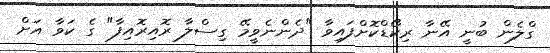
ގްލެން ބުނީ އޭނާ ރިކޯޑްކޮށްފައިވާ "ދެންނެވީމޭ ގިސްލާ ރޮއިރޮއިފާ" ގެ ކަވާ އަށް